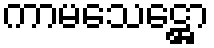
ကာမသေဋ္ဌော